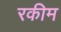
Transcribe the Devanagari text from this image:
रकीम